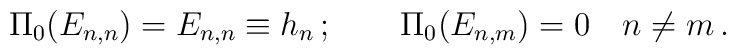
\Pi_0 (E_{n,n})=E_{n,n}\equiv h_n\,;\qquad\Pi_0 (E_{n,m})=0\quad n\ne m\,.